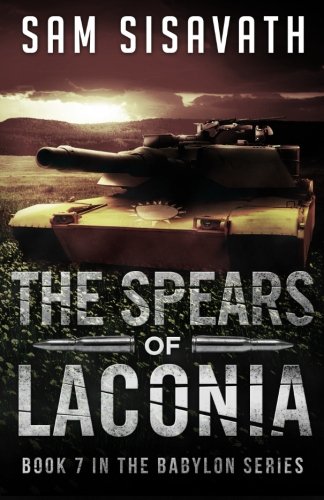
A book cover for The Spears of Laconia (Purge of Babylon) (Volume 7); Sam Sisavath; Science Fiction & Fantasy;